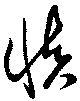
慎